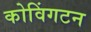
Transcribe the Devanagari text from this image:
कोविंगटन